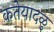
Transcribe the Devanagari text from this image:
कतेयादळु